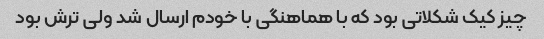
چیز کیک شکلاتی بود که با هماهنگی با خودم ارسال شد ولی ترش بود